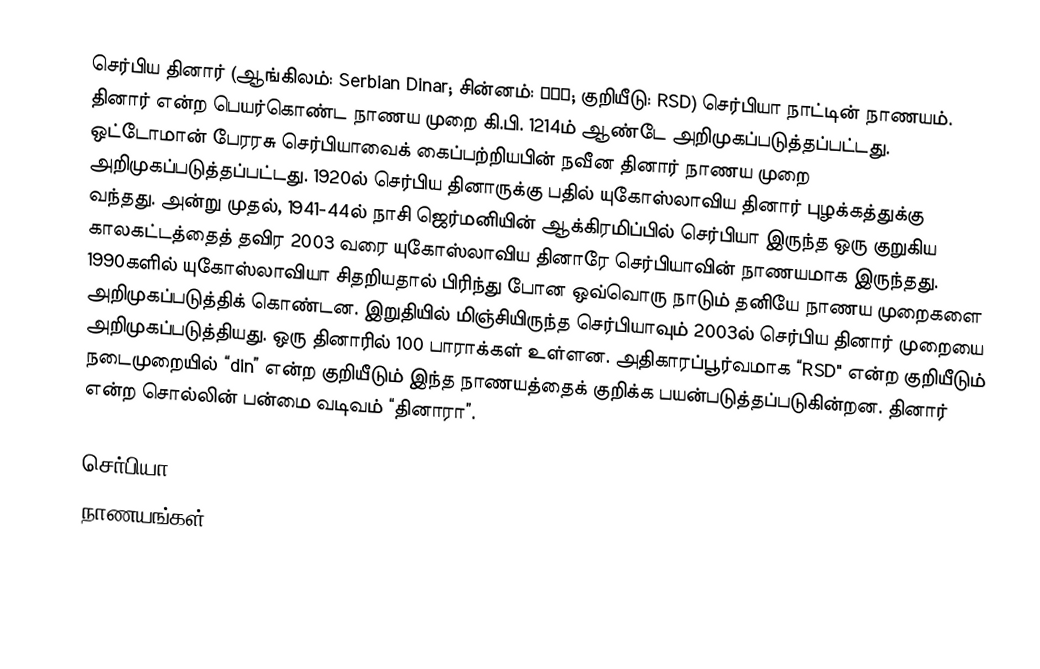
செர்பிய தினார் (ஆங்கிலம்: Serbian Dinar; சின்னம்: РСД; குறியீடு: RSD) செர்பியா நாட்டின் நாணயம். தினார் என்ற பெயர்கொண்ட நாணய முறை கி.பி. 1214ம் ஆண்டே அறிமுகப்படுத்தப்பட்டது. ஒட்டோமான் பேரரசு செர்பியாவைக் கைப்பற்றியபின் நவீன தினார் நாணய முறை அறிமுகப்படுத்தப்பட்டது. 1920ல் செர்பிய தினாருக்கு பதில் யுகோஸ்லாவிய தினார் புழக்கத்துக்கு வந்தது. அன்று முதல், 1941-44ல் நாசி ஜெர்மனியின் ஆக்கிரமிப்பில் செர்பியா இருந்த ஒரு குறுகிய காலகட்டத்தைத் தவிர 2003 வரை யுகோஸ்லாவிய தினாரே செர்பியாவின் நாணயமாக இருந்தது. 1990களில் யுகோஸ்லாவியா சிதறியதால் பிரிந்து போன ஒவ்வொரு நாடும் தனியே நாணய முறைகளை அறிமுகப்படுத்திக் கொண்டன. இறுதியில் மிஞ்சியிருந்த செர்பியாவும் 2003ல் செர்பிய தினார் முறையை அறிமுகப்படுத்தியது. ஒரு தினாரில் 100 பாராக்கள் உள்ளன. அதிகாரப்பூர்வமாக “RSD" என்ற குறியீடும் நடைமுறையில் “din” என்ற குறியீடும் இந்த நாணயத்தைக் குறிக்க பயன்படுத்தப்படுகின்றன. தினார் என்ற சொல்லின் பன்மை வடிவம் “தினாரா”.

செர்பியா
நாணயங்கள்